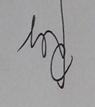
Signature authenticity: genuine